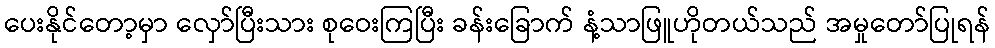
ပေးနိုင်တော့မှာ လှော်ပြီးသား စုဝေးကြပြီး ခန်းခြောက် နံ့သာဖြူဟိုတယ်သည် အမှုတော်ပြုရန်